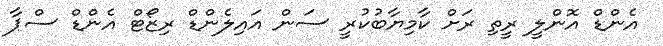
އެންޑް އޮންލީ ރީތި ރަށް ކާމިޔާބުކުރީ ސަން އައިލެންޑް ރިޒޯޓް އެންޑް ސްޕާ